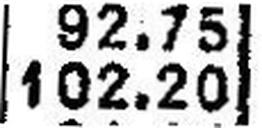
102.20